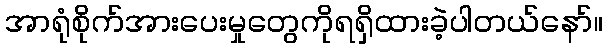
အာရုံစိုက်အားပေးမှုတွေကိုရရှိထားခဲ့ပါတယ်နော်။